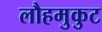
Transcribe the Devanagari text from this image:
लौहमुकुट